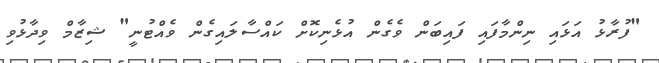
"ފުރާޅު އަޅައި ނިންމާފައި ފައިބަން ވެގެން އުޅެނިކޮށް ކައްސާލައިގެން ވެއްޓުނީ" ޝިޒާމް ވިދާޅުވި